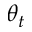
\theta _ { t }